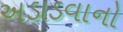
અડાડવાનો